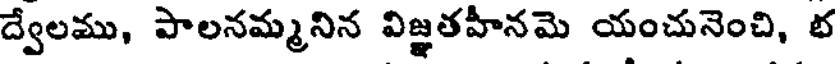
ద్వేలము, పాలనమ్మనిన విజ్ఞతహీనమె యంచునెంచి, భ